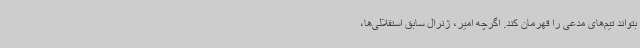
بتواند تیم‌های مدعی را قهرمان کند. اگرچه امیر، ژنرال سابق استقلالی‌ها،